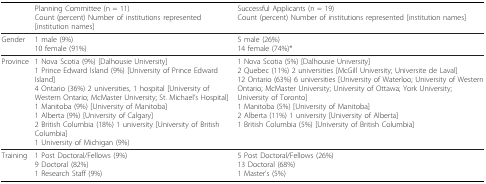
<table><thead><tr><td></td><td><b>Planning Committee (n = 11)Count (percent) Number of institutions represented [institution names]</b></td><td><b>Successful Applicants (n = 19)Count (percent) Number of institutions represented [institution names]</b></td></tr></thead><tbody><tr><td>Gender</td><td>1 male (9%)10 female (91%)</td><td>5 male (26%)14 female (74%)*</td></tr><tr><td>Province</td><td>1 Nova Scotia (9%) [Dalhousie University]1 Prince Edward Island (9%) [University of Prince Edward Island]4 Ontario (36%) 2 universities, 1 hospital [University of Western Ontario; McMaster University; St. Michael&#x27;s Hospital]1 Manitoba (9%) [University of Manitoba]1 Alberta (9%) [University of Calgary]2 British Columbia (18%) 1 university [University of British Columbia]1 University of Michigan (9%)</td><td>1 Nova Scotia (5%) [Dalhousie University]2 Quebec (11%) 2 universities [McGill University; Universite de Laval]12 Ontario (63%) 6 universities [University of Waterloo; University of Western Ontario; McMaster University; University of Ottawa; York University; University of Toronto]1 Manitoba (5%) [University of Manitoba]2 Alberta (11%) 1 university [University of Alberta]1 British Columbia (5%) [University of British Columbia]</td></tr><tr><td>Training</td><td>1 Post Doctoral/Fellows (9%)9 Doctoral (82%)1 Research Staff (9%)</td><td>5 Post Doctoral/Fellows (26%)13 Doctoral (68%)1 Master&#x27;s (5%)</td></tr></tbody></table>